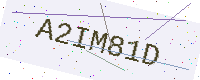
Text: A2IM81D